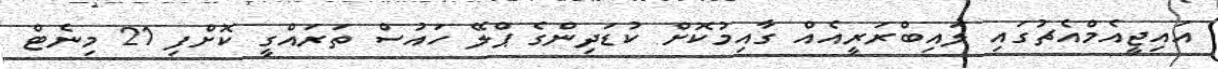
އައިޖީއެމްއެޗުގައި ލައިބްރަރީއެއް ގާއިމުކޮށް ކުޑަދިންގެ ޕްލޭ ހައުސް ތަރައްގީ ކޮށްފި 21 މިނެޓް